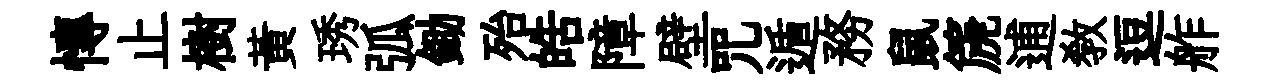
慱止樹黄琇弧鋤殆皓障壁咒遁務鼠篪逋教逗舴